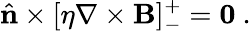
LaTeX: \hat{\mathbf{n}}\times[\eta\mathbf{\nabla}\times\mathbf{B}]_{-}^{+}=\mathbf{0}~.